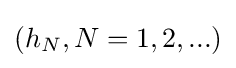
(h_{N},N=1,2,...)